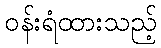
ဝန်းရံထားသည့်